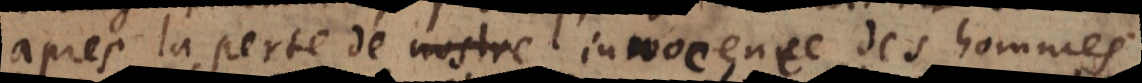
après la perte de nostre l’innocence des hommes